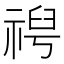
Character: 𫀕